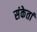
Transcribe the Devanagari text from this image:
संकेतां